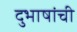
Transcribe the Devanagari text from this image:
दुभाषांची